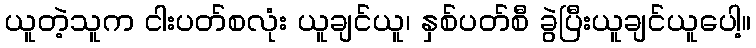
ယူတဲ့သူက ငါးပတ်စလုံး ယူချင်ယူ၊ နှစ်ပတ်စီ ခွဲပြီးယူချင်ယူပေါ့။